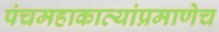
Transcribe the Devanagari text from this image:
पंचमहाकाव्यांप्रमाणेच